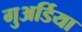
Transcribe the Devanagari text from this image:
गुअर्डिया